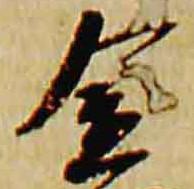
金